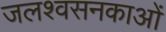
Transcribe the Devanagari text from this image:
जलश्वसनकाओं